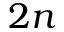
2 n